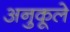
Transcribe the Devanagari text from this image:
अनुकूले